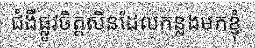
ជំងឺផ្លូវចិត្តសិនដែលកន្លងមកខ្ញុំ